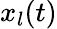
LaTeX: x_{l}(t)